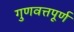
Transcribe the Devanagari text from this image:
गुणवत्तपूर्ण